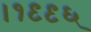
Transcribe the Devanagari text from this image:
।१९९६